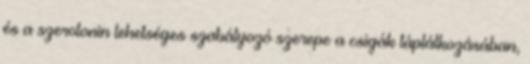
és a szerotonin lehetséges szabályozó szerepe a csigák táplálkozásában,